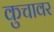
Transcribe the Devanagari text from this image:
कुचावर